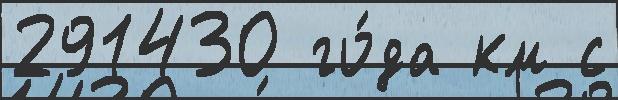
291430 го́да км с